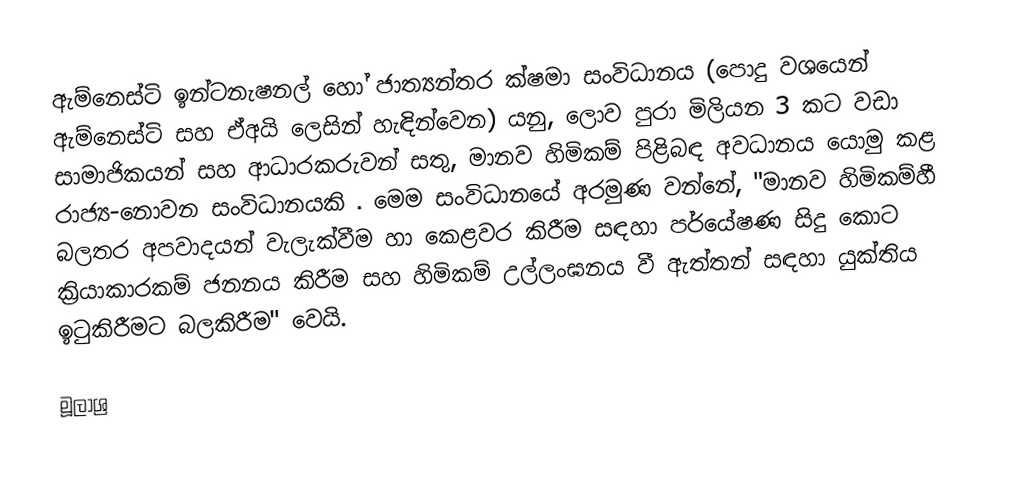
ඇම්නෙස්ටි ඉන්ටනැෂනල් හෝ  ජාත්‍යන්තර ක්ෂමා සංවිධානය (පොදු වශයෙන් ඇම්නෙස්ටි සහ ඒඅයි ලෙසින් හැඳින්වෙන) යනු, ලොව පුරා මිලියන 3 කට වඩා සාමාජිකයන් සහ ආධාරකරුවන් සතු, මානව හිමිකම් පිළිබඳ අවධානය යොමු කළ  රාජ්‍ය-නොවන සංවිධානයකි . මෙම සංවිධානයේ අරමුණ වන්නේ,  "මානව හිමිකම්හී බලතර අපවාදයන් වැලැක්වීම හා කෙළවර කිරීම සඳහා පර්යේෂණ සිදු කොට ක්‍රියාකාරකම් ජනනය කිරීම    සහ හිමිකම් උල්ලංඝනය වී ඇත්තන් සඳහා  යුක්තිය ඉටුකිරීමට  බලකිරීම" වෙයි.

මූලාශ්‍ර